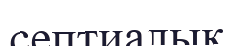
септиалық